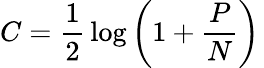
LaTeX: C={\frac{1}{2}}\log\left(1+{\frac{P}{N}}\right)\,